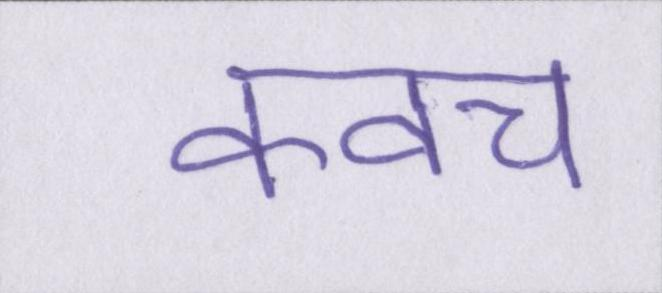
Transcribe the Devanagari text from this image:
कवच